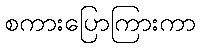
စကားပြောကြားကာ